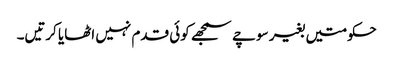
حکومتیں بغیر سوچے سمجھے کوئی قدم نہیں اٹھایا کرتیں۔